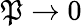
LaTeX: \mathfrak{P}\to 0